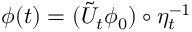
\phi ( t ) = ( \tilde { U } _ { t } \phi _ { 0 } ) \circ \eta _ { t } ^ { - 1 }